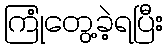
ကြုံတွေ့ခဲ့ရပြီး